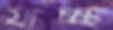
যাচ্চ্ছ